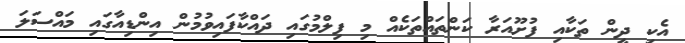
އެކި ދީން ތަކާއި ފުށޫއަރާ ކަންތައްތަކެއް މި ފިލްމުގައި ދައްކާފައިވުމުން އިންޑިއާގައި މައްސަލަ